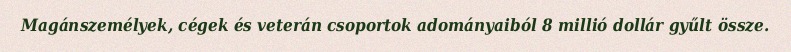
Magánszemélyek, cégek és veterán csoportok adományaiból 8 millió dollár gyűlt össze.